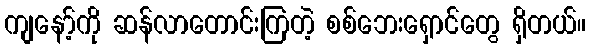
ကျနော့်ကို ဆန်လာတောင်းကြတဲ့ စစ်ဘေးရှောင်တွေ ရှိတယ်။